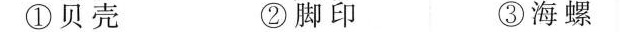
①贝壳 ②脚印 ③海螺